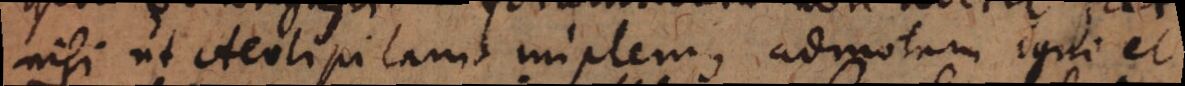
nisi ut Aeolipilam implemus admotam igni et